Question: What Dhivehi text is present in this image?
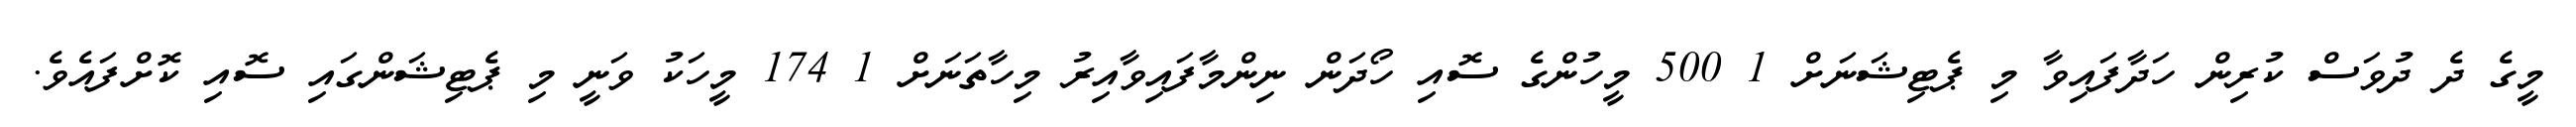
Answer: މީގެ ދެ ދުވަސް ކުރިން ހަދާފައިވާ މި ޕެޓިޝަނަށް 1 500 މީހުންގެ ސޮއި ހޯދަން ނިންމާފައިވާއިރު މިހާތަނަށް 1 174 މީހަކު ވަނީ މި ޕެޓިޝަންގައި ސޮއި ކޮށްފައެވެ.